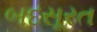
બદસૂરત